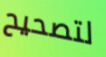
لتصحيح